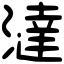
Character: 澾